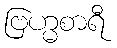
ဗြဟ္မစာရီ